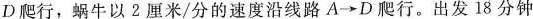
D爬行，蜗牛以2厘米/分的速度沿线路A\rightarrow D爬行。出发18分钟